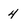
Character: 4